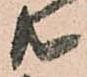
共